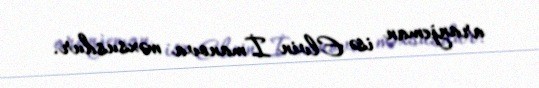
aranjeman isə Elvin İmanova məxsusdur.